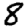
Digit: 8